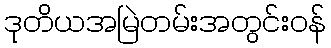
ဒုတိယအမြဲတမ်းအတွင်းဝန်